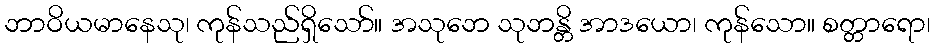
ဘာဝိယမာနေသု၊ ကုန်သည်ရှိသော်။ အသုဘေ သုဘန္တိ အာဒယော၊ ကုန်သော။ စတ္တာရော၊